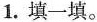
1.填一填。